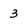
Character: 3